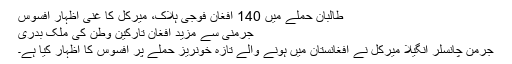
طالبان حملے میں 140 افغان فوجی ہلاک، میرکل کا غنی اظہار افسوس
جرمنی سے مزید افغان تارکین وطن کی ملک بدری
جرمن چانسلر انگیلا میرکل نے افغانستان میں ہونے والے تازہ خونریز حملے پر افسوس کا اظہار کیا ہے۔